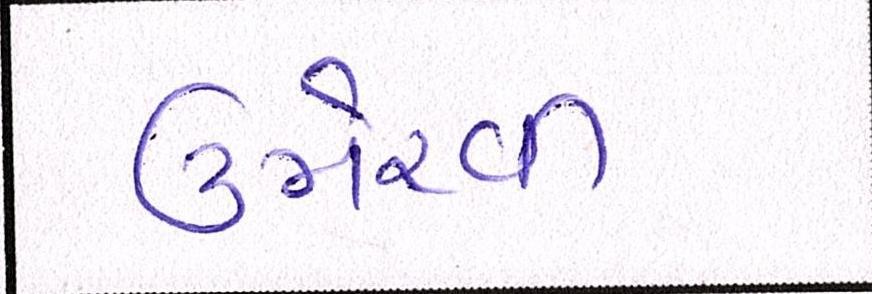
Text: ઉમેરવી